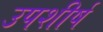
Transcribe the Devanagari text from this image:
उपशीर्ष